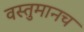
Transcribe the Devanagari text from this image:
वस्तुमानच